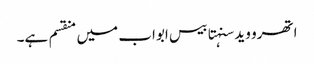
اتھرو وید سنہتا بیس ابواب میں منقسم ہے۔